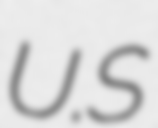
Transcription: U.S